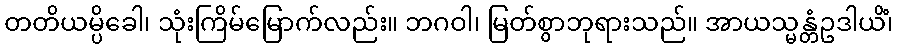
တတိယမ္ပိခေါ၊ သုံးကြိမ်မြောက်လည်း။ ဘဂဝါ၊ မြတ်စွာဘုရားသည်။ အာယသ္မန္တံဥဒါယိံ၊